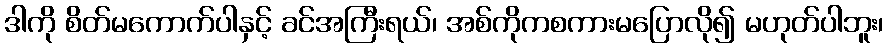
ဒါကို စိတ်မကောက်ပါနှင့် ခင်အကြီးရယ်၊ အစ်ကိုကစကားမပြောလို၍ မဟုတ်ပါဘူး၊